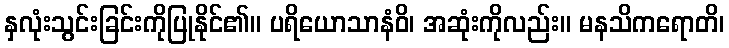
နှလုံးသွင်းခြင်းကိုပြုနိုင်၏။ ပရိယောသာနံဝိ၊ အဆုံးကိုလည်း။ မနသိကရောတိ၊